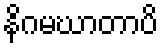
နိဂမဃာတာပိ